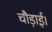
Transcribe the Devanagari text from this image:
चौड़ाई।